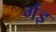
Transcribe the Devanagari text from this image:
र्गइ